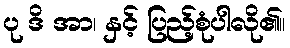
ပု ဒိ အာ၊ နှင့် ပြည့်စုံပါလို၏။